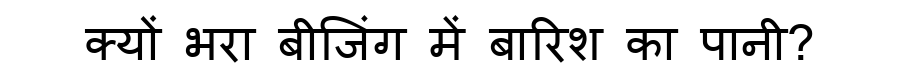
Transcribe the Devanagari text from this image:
क्यों भरा बीजिंग में बारिश का पानी?